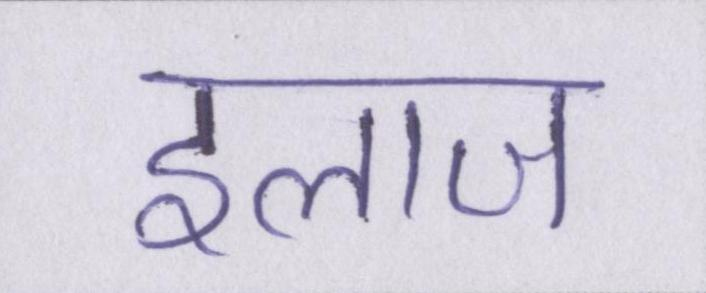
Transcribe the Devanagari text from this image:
इलाज